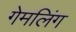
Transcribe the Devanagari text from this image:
गेमलिंग